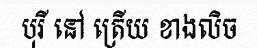
បុរី នៅ ត្រើយ ខាងលិច